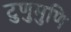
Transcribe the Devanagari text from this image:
टुणुमुणि